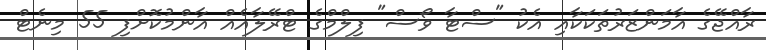
ރާއްޖޭގެ އާމަންޒަރުތަކަކާއި އެކު "ސްޓާ ވޯސް" ފިލްމްގެ ޓްރޭލާއެއް އާންމުކޮށްފި 55 މިނެޓް